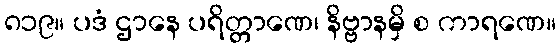
၈၁၉။ ပဒံ ဌာနေ ပရိတ္တာဏေ၊ နိဗ္ဗာနမှိ စ ကာရဏေ။